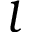
l